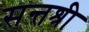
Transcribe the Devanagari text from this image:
सन्तश्री